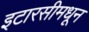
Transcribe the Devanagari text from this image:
इटारसीमधून